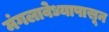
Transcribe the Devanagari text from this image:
मंगलावेध्यापासून